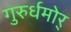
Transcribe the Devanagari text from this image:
गुरुर्धमोर्